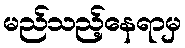
မည်သည့်နေရာမှ